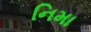
નિમા